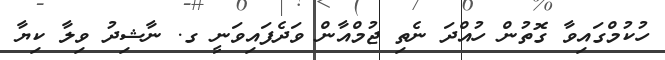
ހުކުމްގައިވާ ގޮތުން ހުއްދަ ނެތި ޖުމްއާން ވަދެފައިވަނީ ގ. ނާޝިދު ވިލާ ކިޔާ